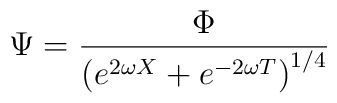
\Psi =\frac{\Phi }{\left( e^{2\omega X}+e^{-2\omega T}\right) ^{1/4}}